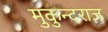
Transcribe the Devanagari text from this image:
मुकुन्दराज